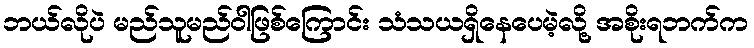
ဘယ်လိုပဲ မည်သူမည်ဝါဖြစ်ကြောင်း သံသယရှိနေပေမဲ့လို့ အစိုးရဘက်က